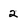
Character: 2